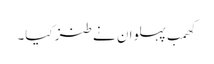
کھمب پہلوان نے طنز کیا۔